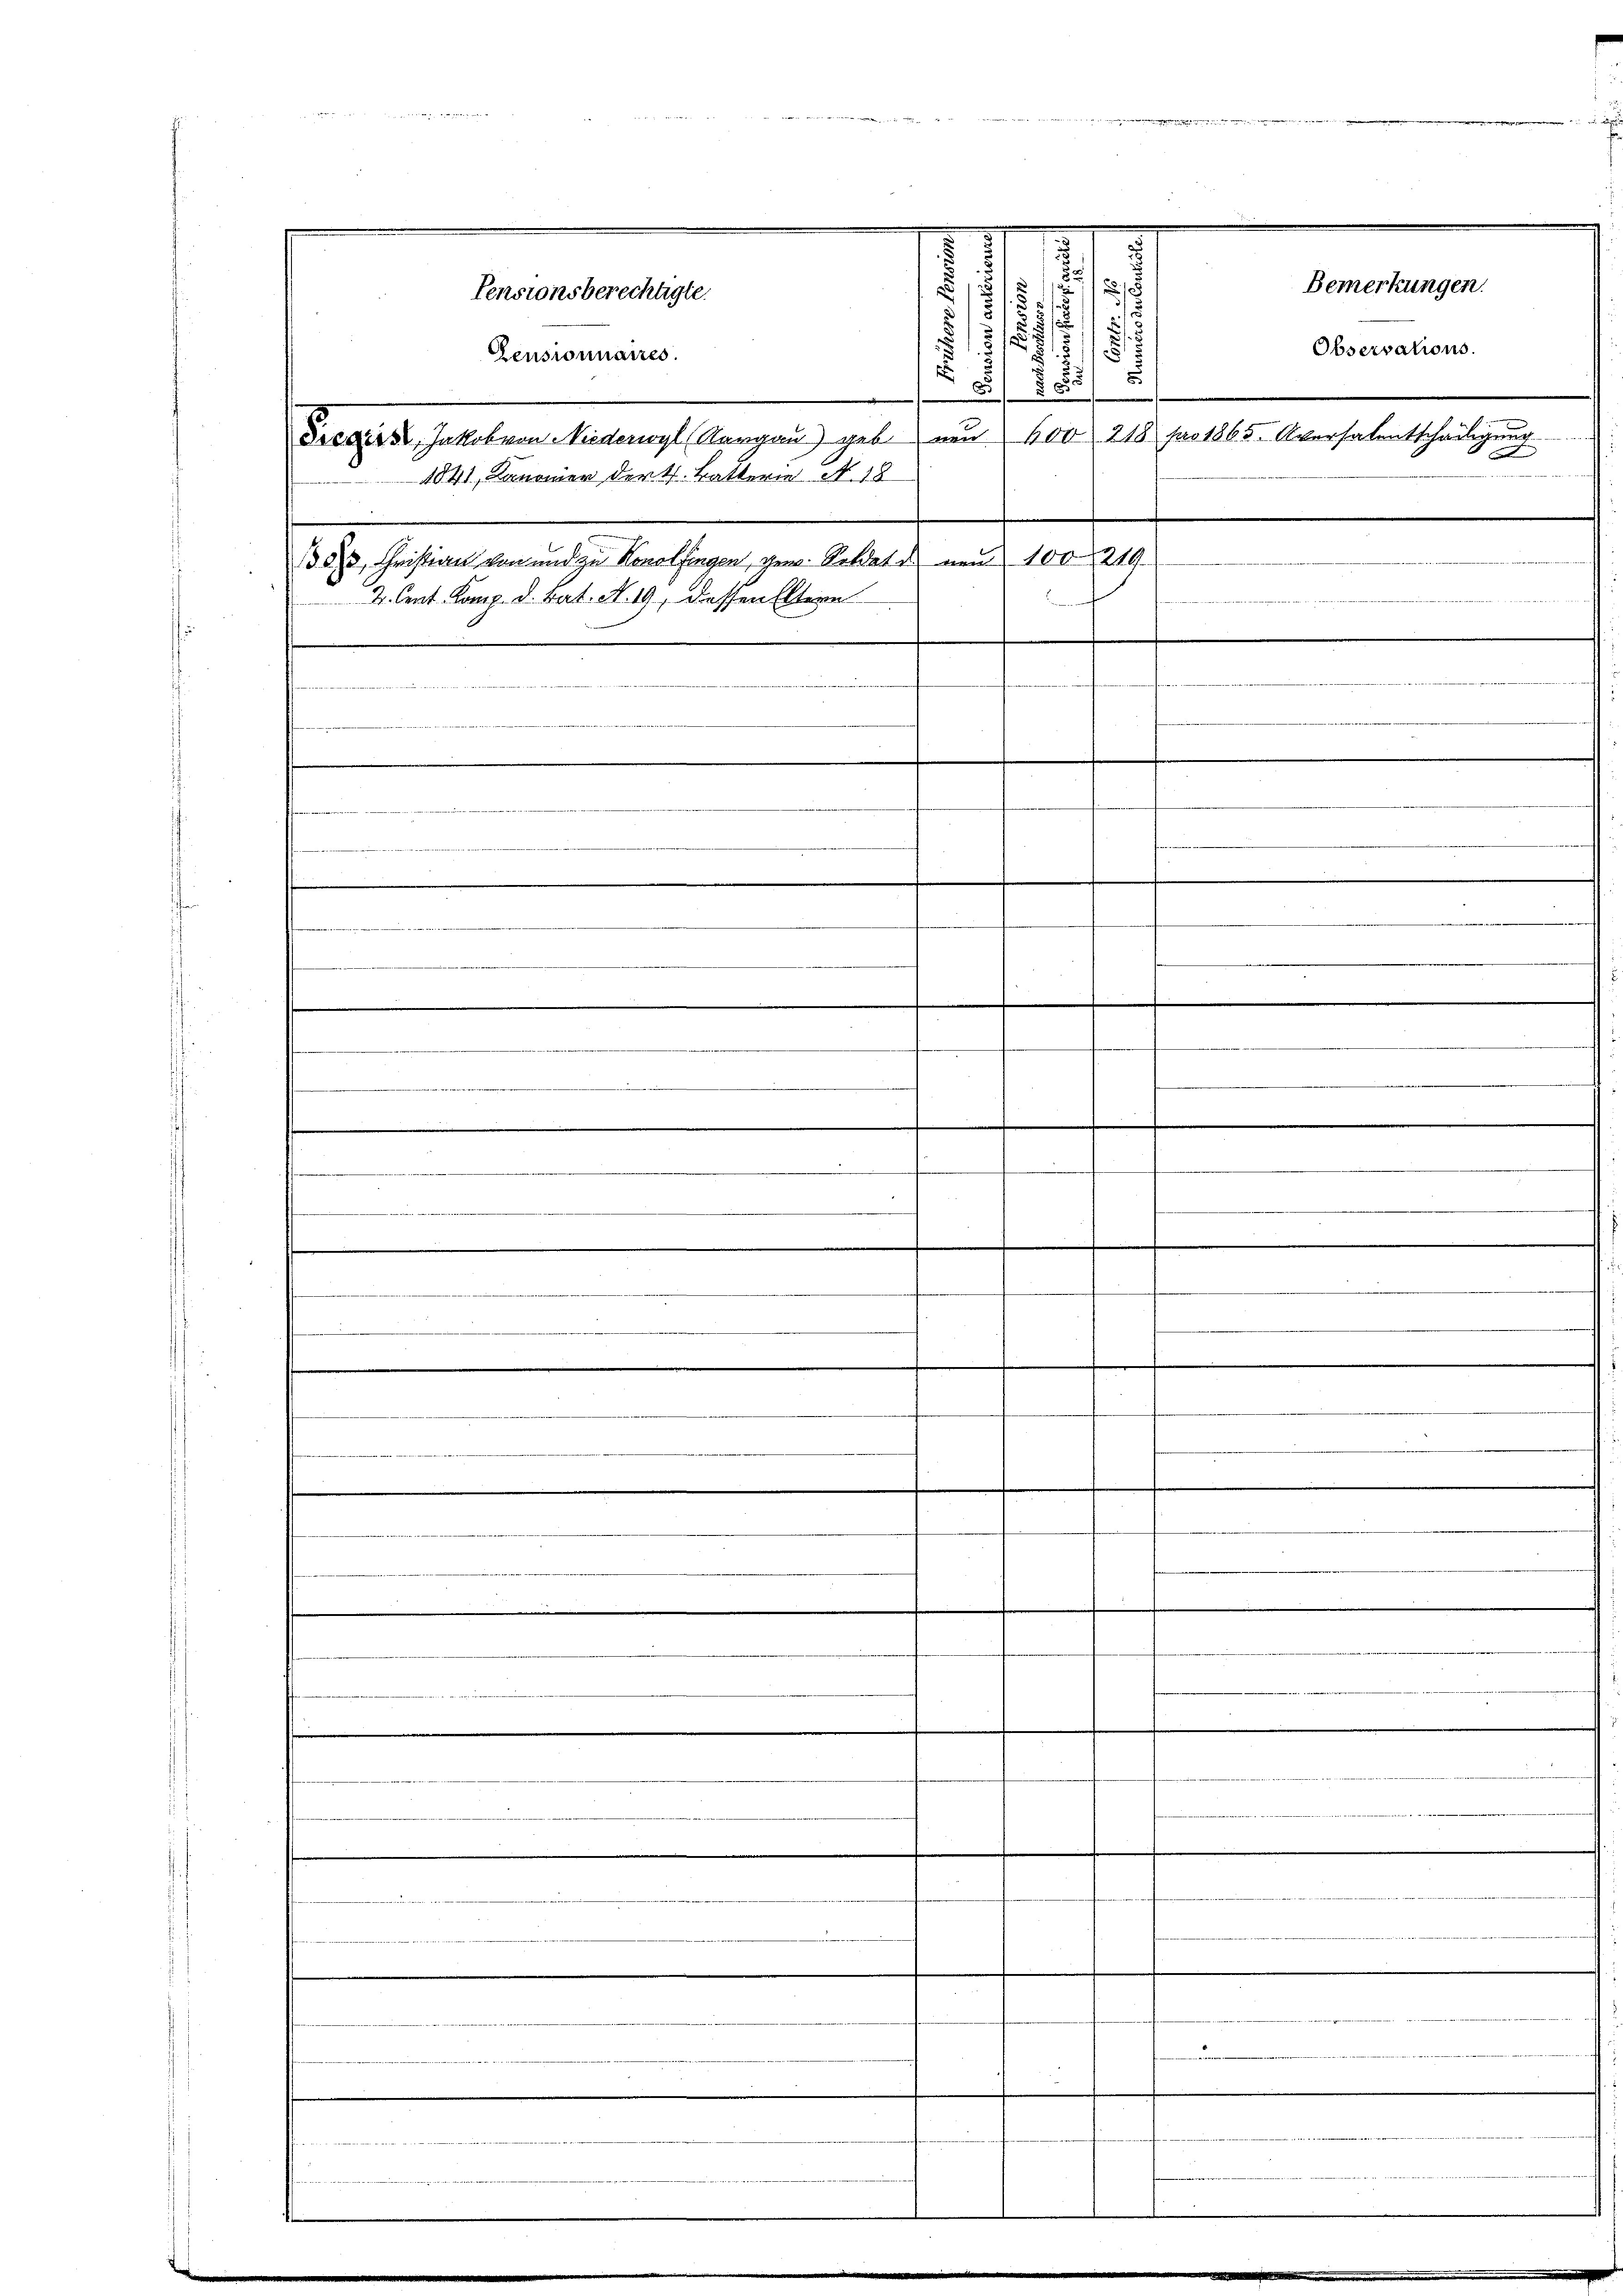
.
.
5
21
i
2
x
s
5
515
u
15
Pensionnaires.
 E

.
Pregiss, Jakob von Niederwyl (Aargau) geb. von 400 218 für 1865. Aversalentscheiligung
1841, Kanonier der k. Katterie N. 18
1388, Christian von und zu Konolfingen, gew. Soldate von 100 219.

4
.

.

e
.
e
.
.

Pensionsberechtigte.

.

e
e
Sitte daher

.

.
e

e
.

.

Bemerkungen.
Observations.
 f 0 x

.

n

e